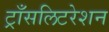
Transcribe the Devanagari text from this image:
ट्राँसलिटरेशन